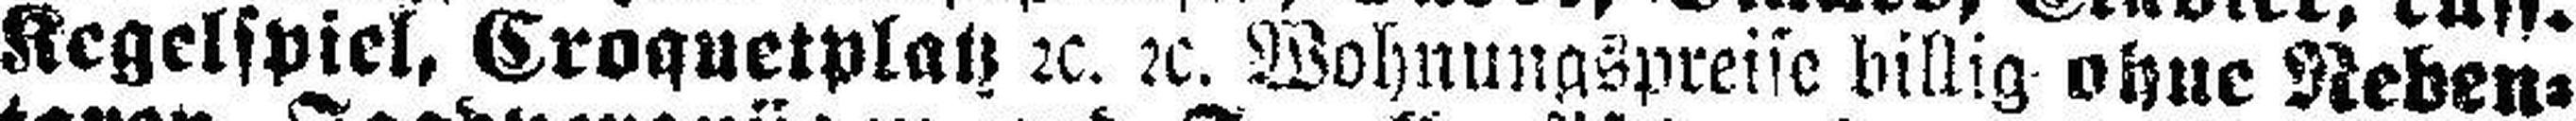
Kegelspiel, Croquetplatz 2c. 2c. Wohnungspreise billig ohne Neben¬